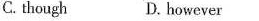
C. though D. however